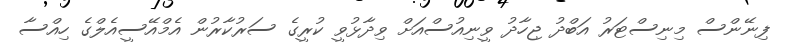
ފިނޭންސް މިނިސްޓަރު އަބްދު ޖިހާދު ވީނިއުސްއަށް ވިދާޅުވީ ކުރީގެ ސަރުކާރުން އެމްއޭސީއެލްގެ ހިއްސާ